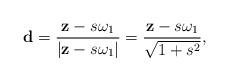
LaTeX: \begin{align*} \mathbf d=\frac{\mathbf z-s\omega_1}{\vert \mathbf z-s\omega_1 \vert}=\frac{\mathbf z-s\omega_1}{\sqrt{1+s^2}}, \end{align*}